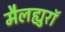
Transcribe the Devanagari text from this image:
मैलह्युरॉ